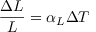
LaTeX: { \frac { \Delta L } { L } } = \alpha _ { L } \Delta T